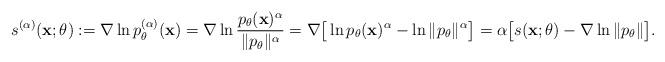
LaTeX: \begin{align*}s^{(\alpha)}({\bf{x}};\theta) := \nabla\ln p^{(\alpha)}_\theta({\bf{x}}) = \nabla\ln \frac{p_\theta({\bf{x}})^\alpha}{\|p_\theta\|^\alpha}= \nabla \big[ \ln p_\theta ({\bf{x}})^\alpha -\ln \|p_\theta\|^\alpha\big]= \alpha \big[s({\bf{x}};\theta) - \nabla\ln \|p_\theta\| \big].\end{align*}